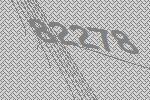
82278